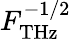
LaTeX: F_{\mathrm{{THz}}}^{-1/2}